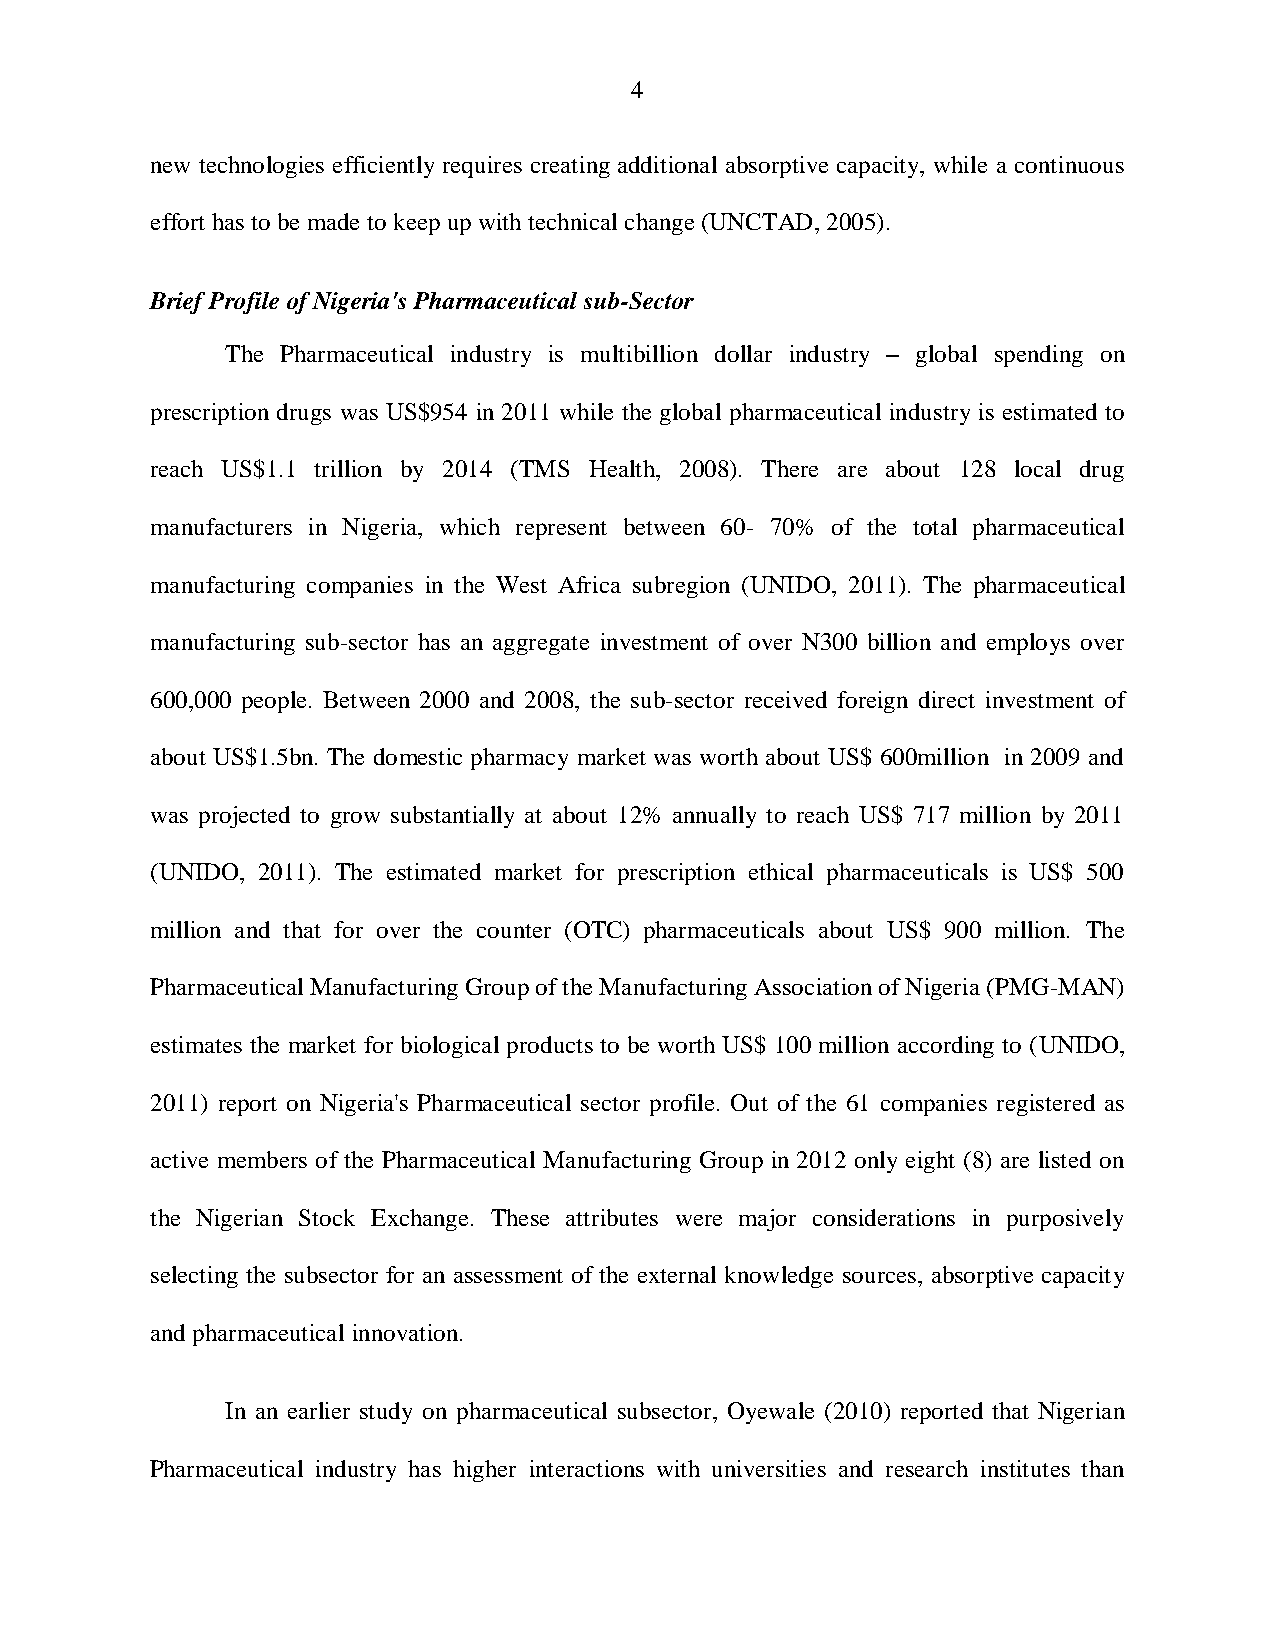
4
 new technologies efficiently requires creating additional absorptive capacity, while a continuous
 effort has to be made to keep up with technical change (UNCTAD, 2005).
 Brief Profile of Nigeria's Pharmaceutical sub-Sector
 The Pharmaceutical industry is multibillion dollar industry – global spending on
 prescription drugs was US$954 in 2011 while the global pharmaceutical industry is estimated to
 reach US$1.1 trillion by 2014 (TMS Health, 2008). There are about 128 local drug
 manufacturers in Nigeria, which represent between 60- 70% of the total pharmaceutical
 manufacturing companies in the West Africa subregion (UNIDO, 2011). The pharmaceutical
 manufacturing sub-sector has an aggregate investment of over N300 billion and employs over
 600,000 people. Between 2000 and 2008, the sub-sector received foreign direct investment of
 about US$1.5bn. The domestic pharmacy market was worth about US$ 600million in 2009 and
 was projected to grow substantially at about 12% annually to reach US$ 717 million by 2011
 (UNIDO, 2011). The estimated market for prescription ethical pharmaceuticals is US$ 500
 million and that for over the counter (OTC) pharmaceuticals about US$ 900 million. The
 Pharmaceutical Manufacturing Group of the Manufacturing Association of Nigeria (PMG-MAN)
 estimates the market for biological products to be worth US$ 100 million according to (UNIDO,
 2011) report on Nigeria's Pharmaceutical sector profile. Out of the 61 companies registered as
 active members of the Pharmaceutical Manufacturing Group in 2012 only eight (8) are listed on
 the Nigerian Stock Exchange. These attributes were major considerations in purposively
 selecting the subsector for an assessment of the external knowledge sources, absorptive capacity
 and pharmaceutical innovation.
 In an earlier study on pharmaceutical subsector, Oyewale (2010) reported that Nigerian
 Pharmaceutical industry has higher interactions with universities and research institutes than